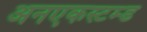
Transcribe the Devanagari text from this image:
अनएकस्टम्ड